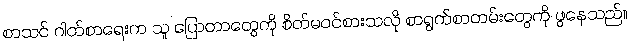
စာသင် ဂါတ်စာရေးက သူ ပြောတာတွေကို စိတ်မဝင်စားသလို စာရွက်စာတမ်းတွေကို ဖွနေသည်။